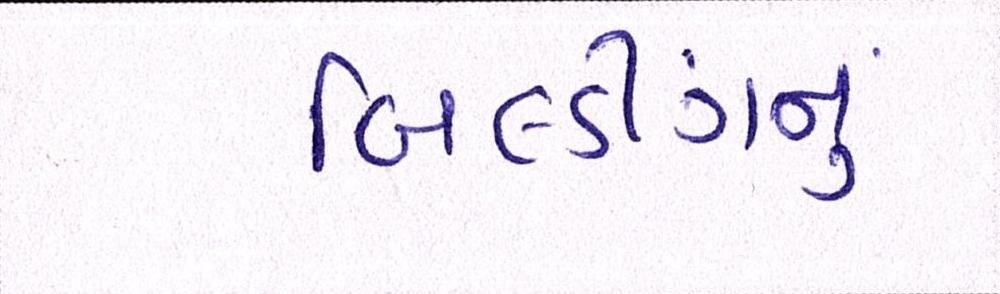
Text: બિલ્ડીંગનું